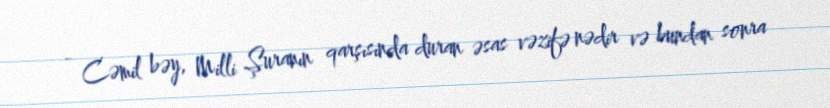
- Cəmil bəy, Milli Şuranın qarşısında duran əsas vəzifə nədir və bundan sonra